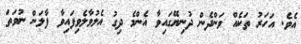
އެވެ. އަހަރު ތަކެއް ވަންދެން ދުނިޔޭގައިވާ އެންމެ ދިގު އެލުވާލެވިފައިވާ ފާލަން ނުވަތަ